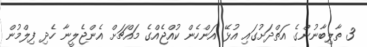
3 ތާލިބާނުންގެ އަތްދަށުގައި އުޅޭ އަންހެން ކުއްޖެއްގެ މައްޗަށް އެންޖެލީނާ ހެދި ފިލްމުން